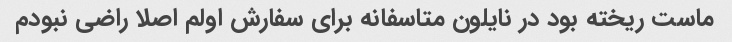
ماست ریخته بود در نایلون متاسفانه برای سفارش اولم اصلا راضی نبودم